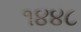
૧૪૪૮